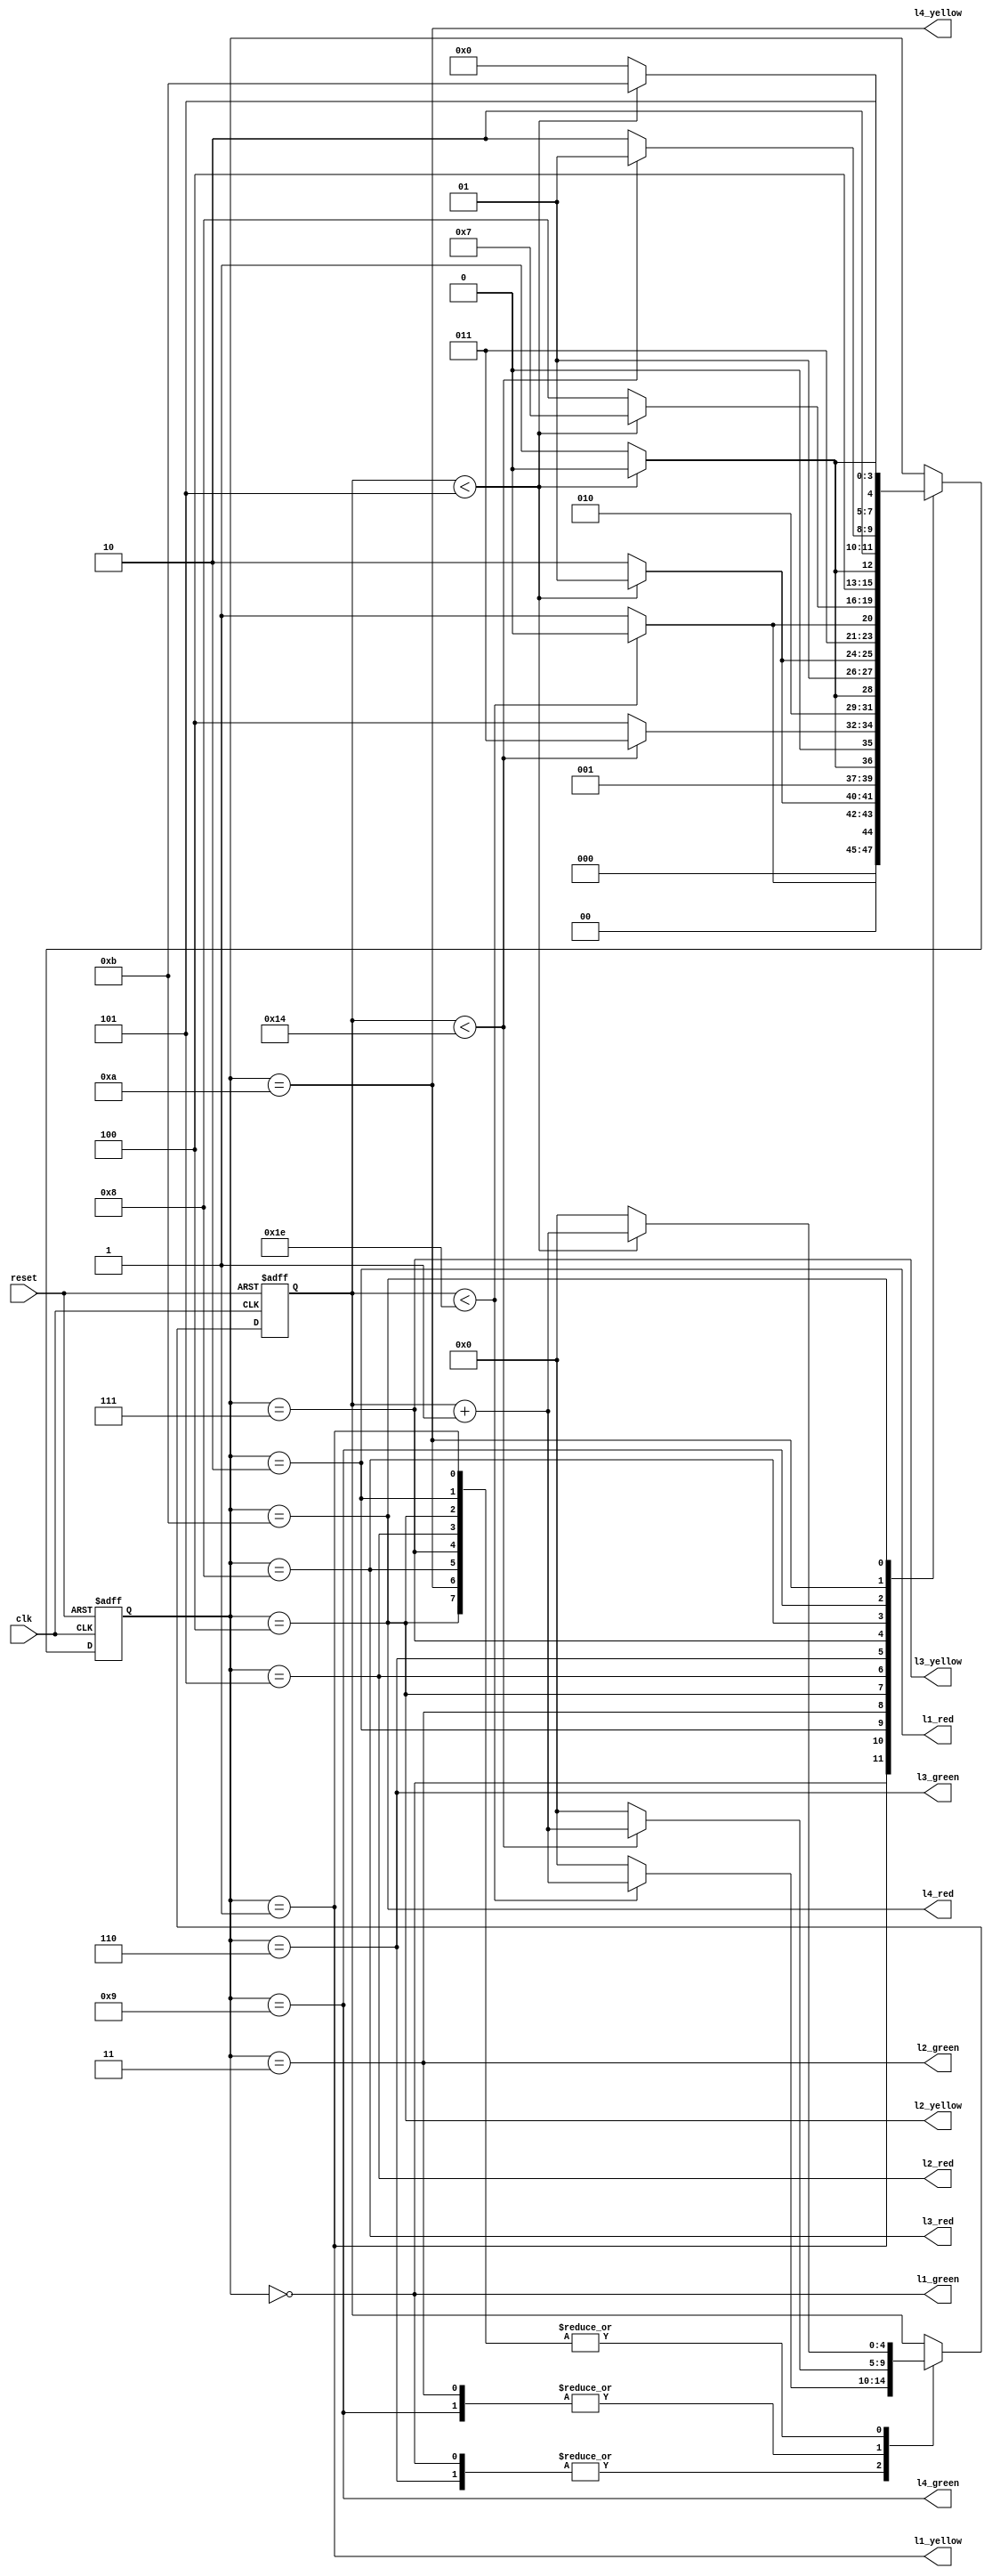
module TrafficControl(
    input wire reset,
    input wire clk,
    output wire l1_green,
    output wire l1_yellow,
    output wire l1_red,
    output wire l2_green,
    output wire l2_yellow,
    output wire l2_red,
    output wire l3_green,
    output wire l3_yellow,
    output wire l3_red,
    output wire l4_green,
    output wire l4_yellow,
    output wire l4_red
);

reg [3:0] state;
reg [4:0] counter;

parameter L1_G = 4'b0000;
parameter L1_Y = 4'b0001;
parameter L1_R = 4'b0010;
parameter L2_G = 4'b0011;
parameter L2_Y = 4'b0100;
parameter L2_R = 4'b0101;
parameter L3_G = 4'b0110;
parameter L3_Y = 4'b0111;
parameter L3_R = 4'b1000;
parameter L4_G = 4'b1001;
parameter L4_Y = 4'b1010;
parameter L4_R = 4'b1011;

always @(posedge clk or posedge reset) begin
    if (reset) begin
        state <= L1_R;
        counter <= 0;
    end else begin
        case (state)
            L1_G:
                if (counter < 30) begin
                    state <= L1_G;
                    counter <= counter + 1;
                end else begin
                    state <= L1_Y;
                    counter <= 0;
                end
            L1_Y:
                if (counter < 5) begin
                    state <= L1_Y;
                    counter <= counter + 1;
                end else begin
                    state <= L1_R;
                    counter <= 0;
                end
            L1_R:
                if (counter < 5) begin
                    state <= L1_R;
                    counter <= counter + 1;
                end else begin
                    state <= L2_G;
                    counter <= 0;
                end
            L2_G:
                if (counter < 20) begin
                    state <= L2_G;
                    counter <= counter + 1;
                end else begin
                    state <= L2_Y;
                    counter <= 0;
                end
            L2_Y:
                if (counter < 5) begin
                    state <= L2_Y;
                    counter <= counter + 1;
                end else begin
                    state <= L2_R;
                    counter <= 0;
                end
            L2_R:
                if (counter < 5) begin
                    state <= L2_R;
                    counter <= counter + 1;
                end else begin
                    state <= L3_G;
                    counter <= 0;
                end
            L3_G:
                if (counter < 30) begin
                    state <= L3_G;
                    counter <= counter + 1;
                end else begin
                    state <= L3_Y;
                    counter <= 0;
                end
            L3_Y:
                if (counter < 5) begin
                    state <= L3_Y;
                    counter <= counter + 1;
                end else begin
                    state <= L3_R;
                    counter <= 0;
                end
            L3_R:
                if (counter < 5) begin
                    state <= L3_R;
                    counter <= counter + 1;
                end else begin
                    state <= L4_G;
                    counter <= 0;
                end
            L4_G:
                if (counter < 20) begin
                    state <= L4_G;
                    counter <= counter + 1;
                end else begin
                    state <= L4_Y;
                    counter <= 0;
                end
            L4_Y:
                if (counter < 5) begin
                    state <= L4_Y;
                    counter <= counter + 1;
                end else begin
                    state <= L4_R;
                    counter <= 0;
                end
            L4_R:
                if (counter < 5) begin
                    state <= L4_R;
                    counter <= counter + 1;
                end else begin
                    state <= L1_G;
                    counter <= 0;
                end
        endcase
    end
end

assign l1_green = (state == L1_G);
assign l1_yellow = (state == L1_Y);
assign l1_red = (state == L1_R);
assign l2_green = (state == L2_G);
assign l2_yellow = (state == L2_Y);
assign l2_red = (state == L2_R);
assign l3_green = (state == L3_G);
assign l3_yellow = (state == L3_Y);
assign l3_red = (state == L3_R);
assign l4_green = (state == L4_G);
assign l4_yellow = (state == L4_Y);
assign l4_red = (state == L4_R);

endmodule

module TrafficControlTestbench;

reg reset;
reg clk;
wire l1_green;
wire l1_yellow;
wire l1_red;
wire l2_green;
wire l2_yellow;
wire l2_red;
wire l3_green;
wire l3_yellow;
wire l3_red;
wire l4_green;
wire l4_yellow;
wire l4_red;

TrafficControl dut(
    .reset(reset),
    .clk(clk),
    .l1_green(l1_green),
    .l1_yellow(l1_yellow),
    .l1_red(l1_red),
    .l2_green(l2_green),
    .l2_yellow(l2_yellow),
    .l2_red(l2_red),
    .l3_green(l3_green),
    .l3_yellow(l3_yellow),
    .l3_red(l3_red),
    .l4_green(l4_green),
    .l4_yellow(l4_yellow),
    .l4_red(l4_red)
);

initial begin
  $dumpfile("dump.vcd");
  $dumpvars(0,dut);
    reset = 1;
    clk = 0;
    #10;
    reset = 0;
    #100;
    $finish;
end

always begin
    #5;
    clk = ~clk;
end

endmodule